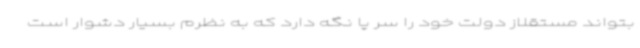
بتواند مستقلاز دولت خود را سر پا نگه دارد که به نظرم بسیار دشوار است